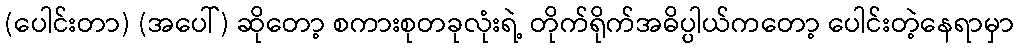
(ပေါင်းတာ) (အပေါ်) ဆိုတော့ စကားစုတခုလုံးရဲ့ တိုက်ရိုက်အဓိပ္ပါယ်ကတော့ ပေါင်းတဲ့နေရာမှာ